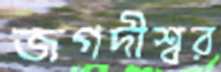
জগদীশ্বর